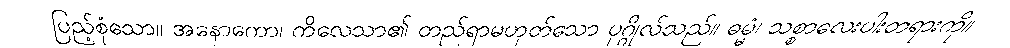
ပြည့်စုံသော။ အနောကော၊ ကိလေသာ၏ တည်ရာမဟုတ်သော ပုဂ္ဂိုလ်သည်။ ဓမ္မံ၊ သစ္စာလေးပါးတရားကို။